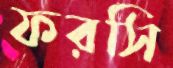
ফরসি